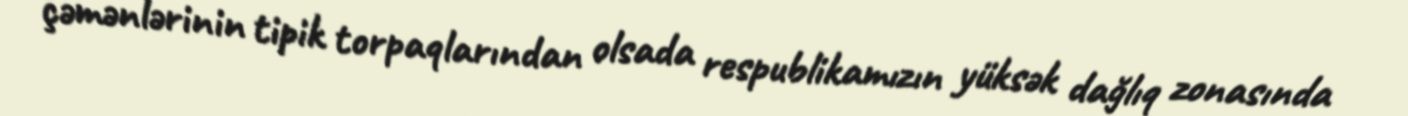
çəmənlərinin tipik torpaqlarından olsada respublikamızın yüksək dağlıq zonasında